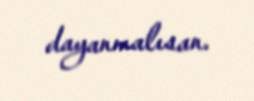
dayanmalısan.